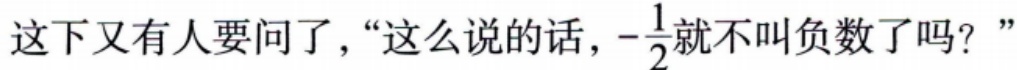
这下又有人要问了，“这么说的话，\(-\frac{1}{2}\)就不叫负数了吗？”